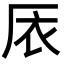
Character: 㕈